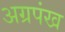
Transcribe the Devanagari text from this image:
अग्रपंख